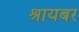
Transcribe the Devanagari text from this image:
श्रायबर